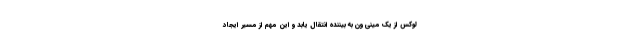
لوکس از یک مینی ون به بیننده انتقال یابد و این مهم از مسیر ایجاد